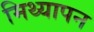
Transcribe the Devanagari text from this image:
मिथ्यापन